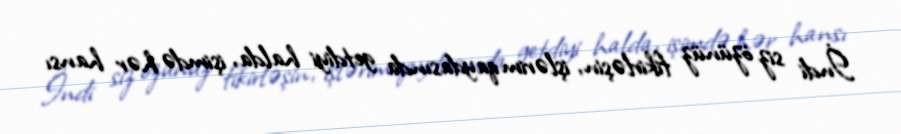
İndi siz özünüz fikirləşin, işlərim qaydasında getdiyi halda, işimdə hər hansı